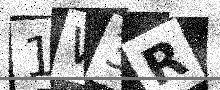
Text: 1W3R